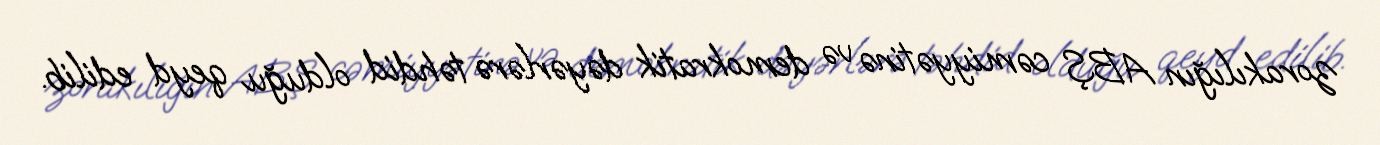
zorakılığın ABŞ cəmiyyətinə və demokratik dəyərlərə təhdid olduğu qeyd edilib.